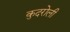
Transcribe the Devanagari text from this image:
कुदरोली